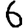
Digit: 6